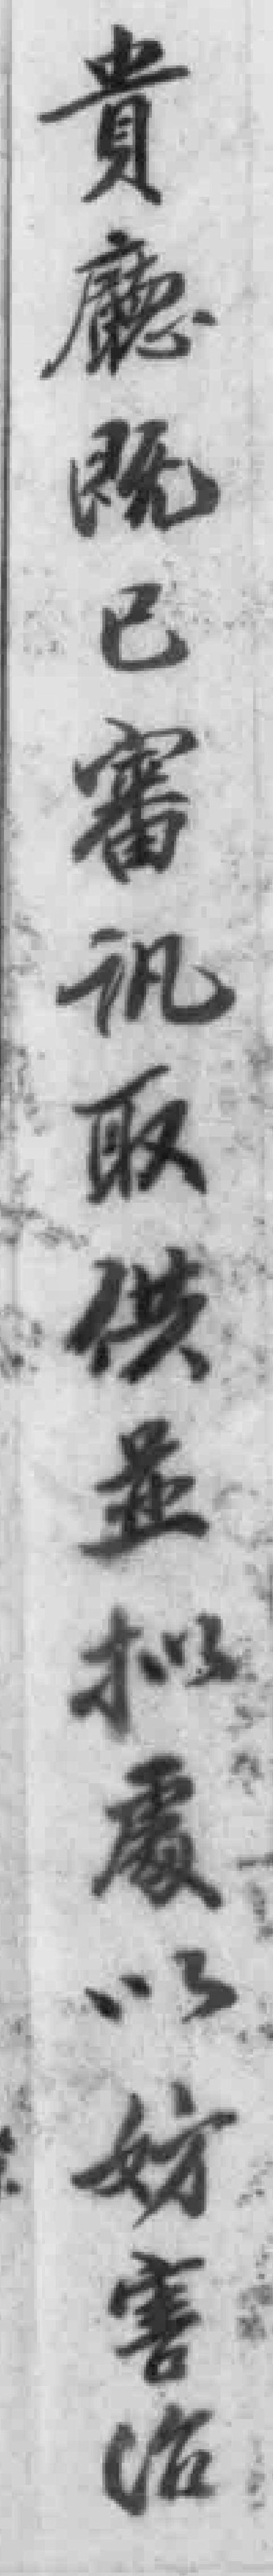
貴廰既已審讯取供並拟處以妨害治